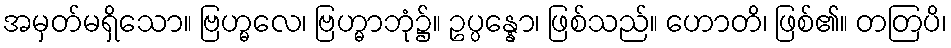
အမှတ်မရှိသော။ ဗြဟ္မလေ၊ ဗြဟ္မာဘုံ၌။ ဥပ္ပန္နော၊ ဖြစ်သည်။ ဟောတိ၊ ဖြစ်၏။ တတြပိ၊